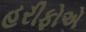
હરીફોએ